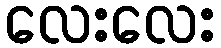
လေးလေး